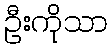
ဦးကိုသာ